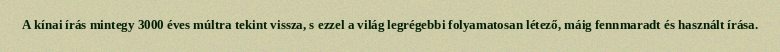
A kínai írás mintegy 3000 éves múltra tekint vissza, s ezzel a világ legrégebbi folyamatosan létező, máig fennmaradt és használt írása.